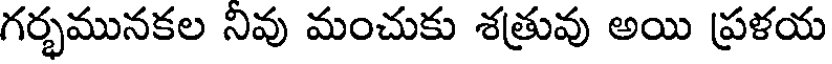
గర్భమునకల నివు మంచుకు శత్రువు అయి ప్రళయ